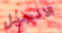
الانجيل